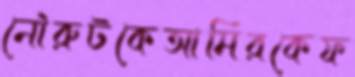
নৌরুটকেআমিরকেফ